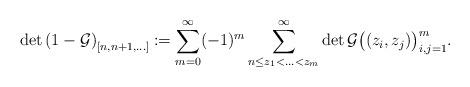
LaTeX: \begin{align*}\det{(1-\mathcal{G})}_{[n,n+1, ...]} \coloneqq \sum_{m=0}^{\infty}(-1)^m \sum_{n\leq z_1<...<z_m}^{\infty}\det{\mathcal{G}\big((z_i,z_j)\big)_{i,j=1}^{m}}.\end{align*}